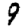
Digit: 9